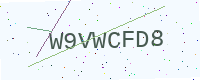
Text: W9VWCFD8